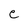
Character: e